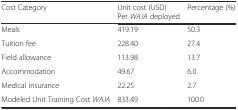
<table><thead><tr><td><b>Cost Category</b></td><td><b>Unit cost (USD) Per <i>WAJA</i> deployed</b></td><td><b>Percentage (%)</b></td></tr></thead><tbody><tr><td>Meals</td><td>419.19</td><td>50.3</td></tr><tr><td>Tuition fee</td><td>228.40</td><td>27.4</td></tr><tr><td>Field allowance</td><td>113.98</td><td>13.7</td></tr><tr><td>Accommodation</td><td>49.67</td><td>6.0</td></tr><tr><td>Medical insurance</td><td>22.25</td><td>2.7</td></tr><tr><td>Modeled Unit Training Cost <i>WAJA</i></td><td>833.49</td><td>100.0</td></tr></tbody></table>